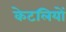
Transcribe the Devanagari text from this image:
केटलियों